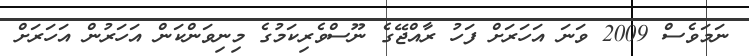
ނަމަވެސް 2009 ވަނަ އަހަރަށް ފަހު ރާއްޖޭގެ ނޫސްވެރިކަމުގެ މިނިވަންކަން އަހަރުން އަހަރަށް